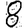
Digit: 8